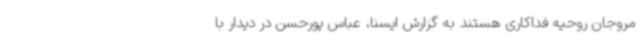
مروجان روحیه فداکاری هستند به گزارش ایسنا، عباس پورحسن در دیدار با